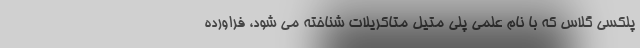
پلکسی گلاس که با نام علمی پلی متیل متاکریلات شناخته می شود، فراورده